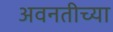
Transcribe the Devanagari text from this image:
अवनतीच्या